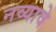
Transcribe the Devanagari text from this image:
नव्यावे